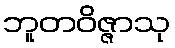
ဘူတဝိဇ္ဇာသု